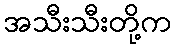
အသီးသီးတို့က